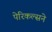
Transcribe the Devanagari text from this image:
पेरिकल्सने